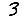
Digit: 3